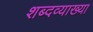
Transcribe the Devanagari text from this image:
शब्दव्याख्या